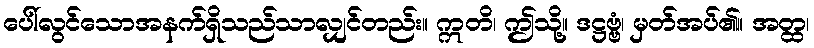
ပေါ်လွင်သောအနက်ရှိသည်သာလျှင်တည်း။ ဣတိ၊ ဤသို့။ ဒဋ္ဌဗ္ဗံ၊ မှတ်အပ်၏။ အတ္ထ၊